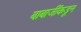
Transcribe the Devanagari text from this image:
बाबाजींकडून